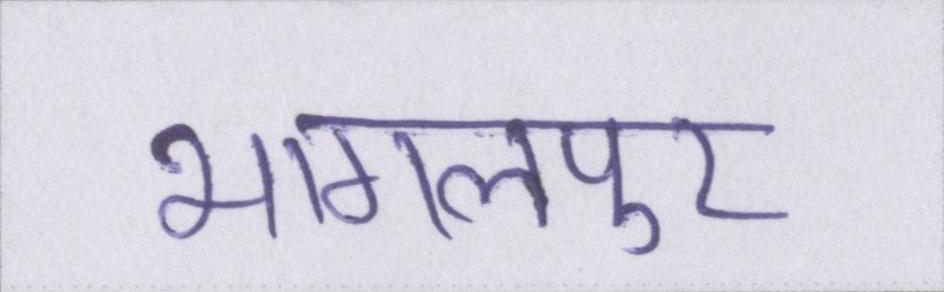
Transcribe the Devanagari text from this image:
भागलपुर